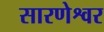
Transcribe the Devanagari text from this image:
सारणेश्वर